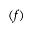
( f )